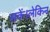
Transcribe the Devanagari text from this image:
सकें।लेकिन